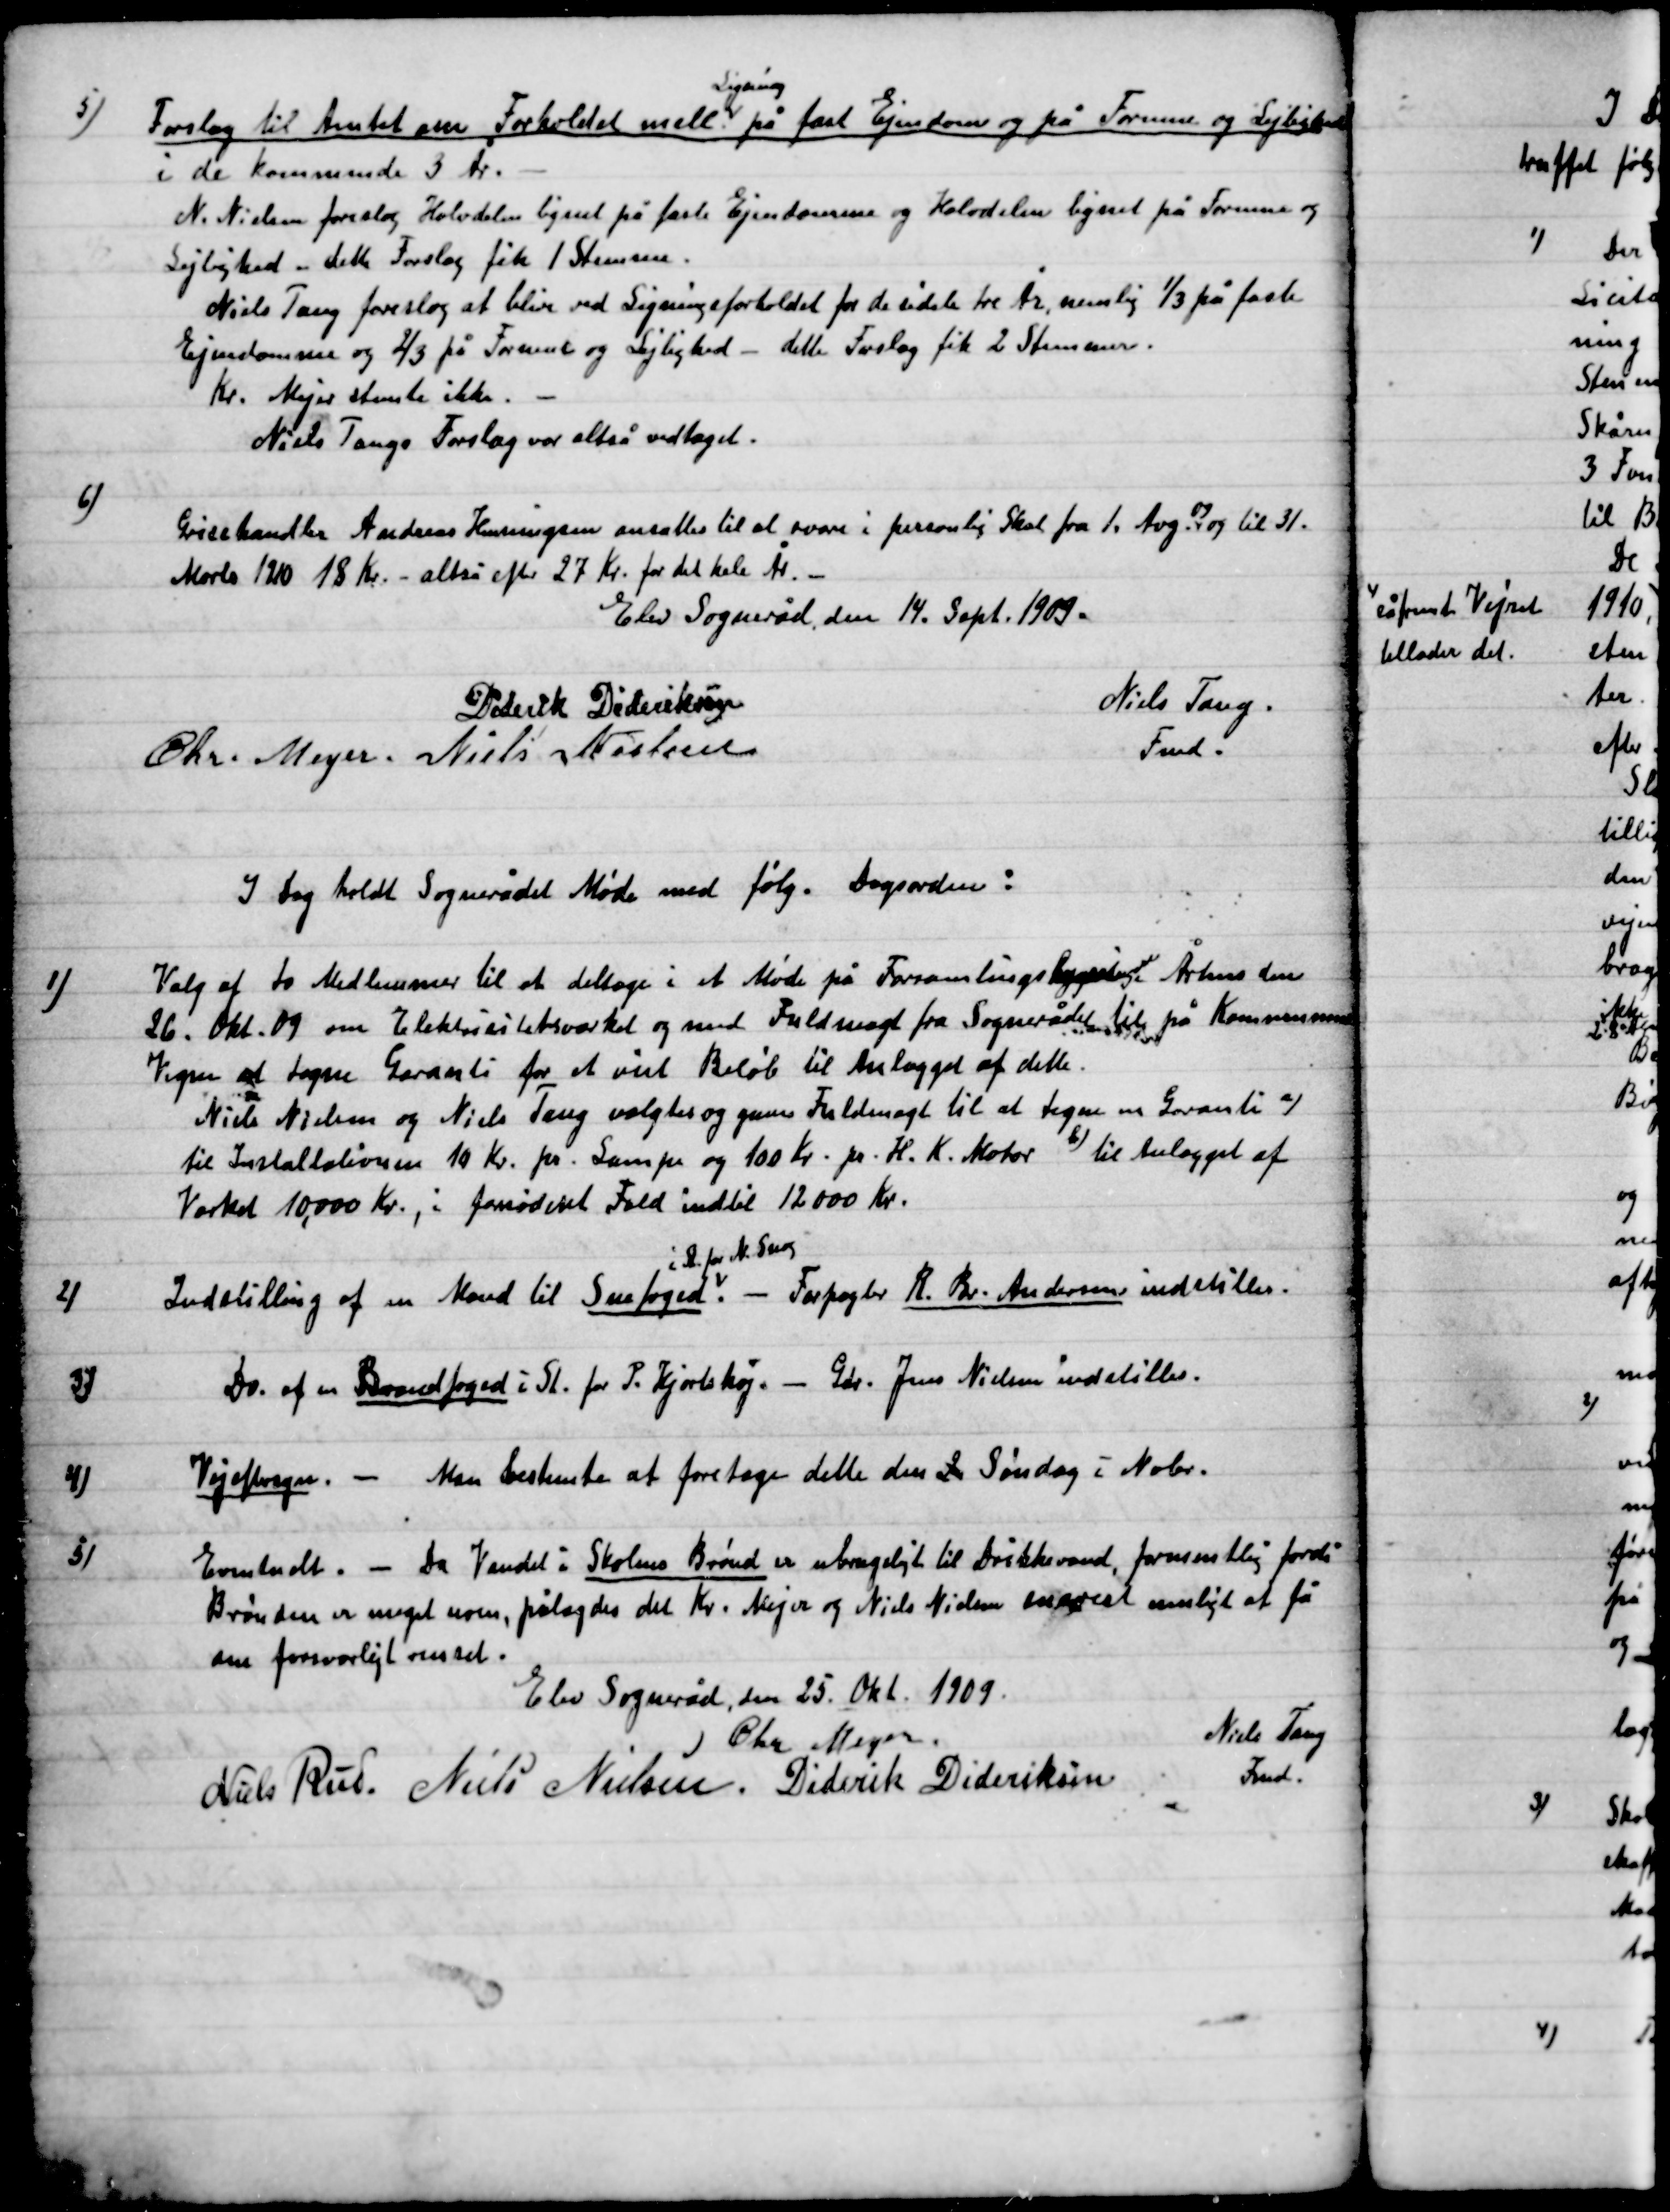
Transskription:
5)

Forslag til Amtet om forholdet mell.
Ligning
på fast Ejendom og på Formue og Lejlighed
i de kommende 3 År.
N. Nielsen foreslog Halvdelen lignet på Formue og
Lejlighed - dette Forslag fik 1 Stemme.
Niels Tang foreslog at blive ved ligningsforholdet for de sidste tre År, nemlig 1/3 på faste
Ejendomme og 2/3 på Formue og Lejlighed - dette Forslag fik 2 Stemmer.
Kr. Mejer stemte ikke.
Niels Tangs Forslag var altså vedtaget.

6)

Grisehandler Andreas Henningsen ansattes til at personlig skat fra 1. Aug. 09 og til 31
Marts 1910 18 Kr. - altså efter 27 Kr. for det hele År.

Elev Sogneråd den 14 Sept. 1909

Diderik Dideriksen
Chr. Meyer
Niels Nielsen
Niels Tang
Fmd.

I dag holdt Sognerådet Møde med følg. dagsorden.

1)

Valg af to medlemmer til at deltage i et Møde på Forsamlings Bygningen Århus den
26. Okt. 09 om Elektrisitetsværket og med Fuldmagt fra Sognerådet til på Kommunens
Vegne af tegne Garanti for et  Beløb til anlægget af dette.
Niels Nielsen og Niels Tang valgtes og gavens Fuldmagt til at tegne en Garanti a)
til installeringer 10 Kr. pr. Lampe og 100 Kr. pr. H. K. Motor b) til anlægget af
Værket 10,000 Kr., i fornødet Fuld indtil 12,000 Kr.

2)

Indstilling af en Mand til Snefoged
I St. for N. Snog. -
Forpagter K. Br. Andersen indstilles

3)

Do. af en Brandfoged i St. for P. Hjortshøj. - Gdr. Jens Nielsen indstilles.

4)

Vejeftersyn. -	Man bestemte at foretage dette den 2. søndag i Nobr.

5)

Da Vandet i Skolens Brønd er ubrugeligt til Drikkevand, formenlig fordi
Brønden er meget uren, pålagdes det Kr. Mejer og Niels Nielsen hurtigst muligt at få
den forsvarligt renset.

Elev Sogneråd, den 25. Okt. 1909

Chr. Meyer
Niels Rud
Niels Nielsen
Diderik Dideriksen
Niels Tang
Fmd.